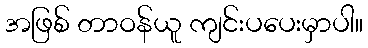
အဖြစ် တာဝန်ယူ ကျင်းပပေးမှာပါ။